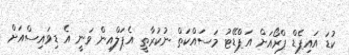
ކުޑަ އައިޕެޑް ޕްރޯއަށް އަޕްޑޭޓު މަސައްކަތް ނުކުރާތީ އެޕަލްއިން ވަނީ އެ ޑިވައިސްއަށް